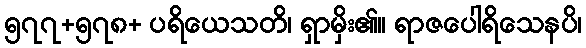
၅၇၇+၅၇၈+ ပရိယေသတိ၊ ရှာမှိး၏။ ရာဇပေါရိသေနပိ၊